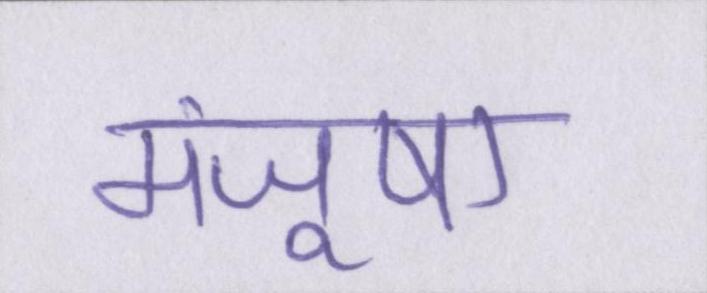
मंजूषा